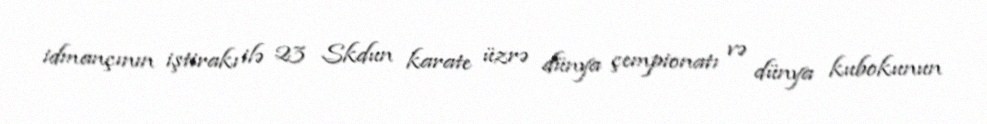
idmançının iştirakı ilə 23 Skdun karate üzrə dünya çempionatı və dünya kubokunun